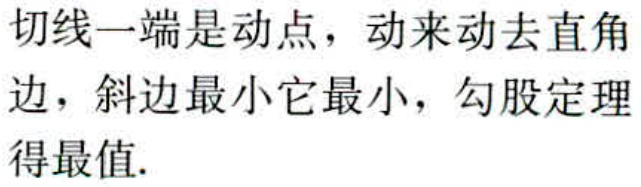
切线一端是动点，动来动去直角边，斜边最小它最小，勾股定理得最值.